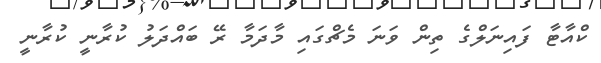
ކްއާޓާ ފައިނަލްގެ ތިން ވަނަ މެޗްގައި މާދަމާ ރޭ ބައްދަލު ކުރާނީ ކުރާނީ